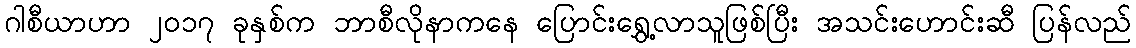
ဂါစီယာဟာ ၂၀၁၇ ခုနှစ်က ဘာစီလိုနာကနေ ပြောင်းရွှေ့လာသူဖြစ်ပြီး အသင်းဟောင်းဆီ ပြန်လည်